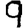
Digit: 9